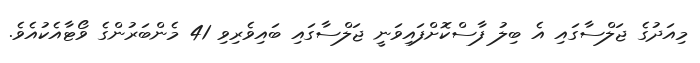
މިއަދުގެ ޖަލްސާގައި އެ ބިލު ފާސްކޮށްފައިވަނީ ޖަލްސާގައި ބައިވެރިވި 41 މެންބަރުންގެ ވޯޓާއެކުއެވެ.